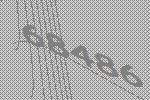
68486